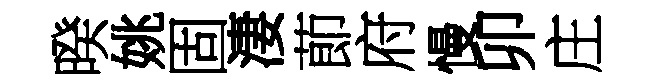
暌姚固淒莭府慢卯庄